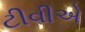
ટીવીએ